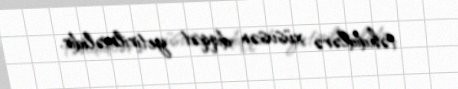
təhdidlərə xüsusən diqqət yetirilməlidir.